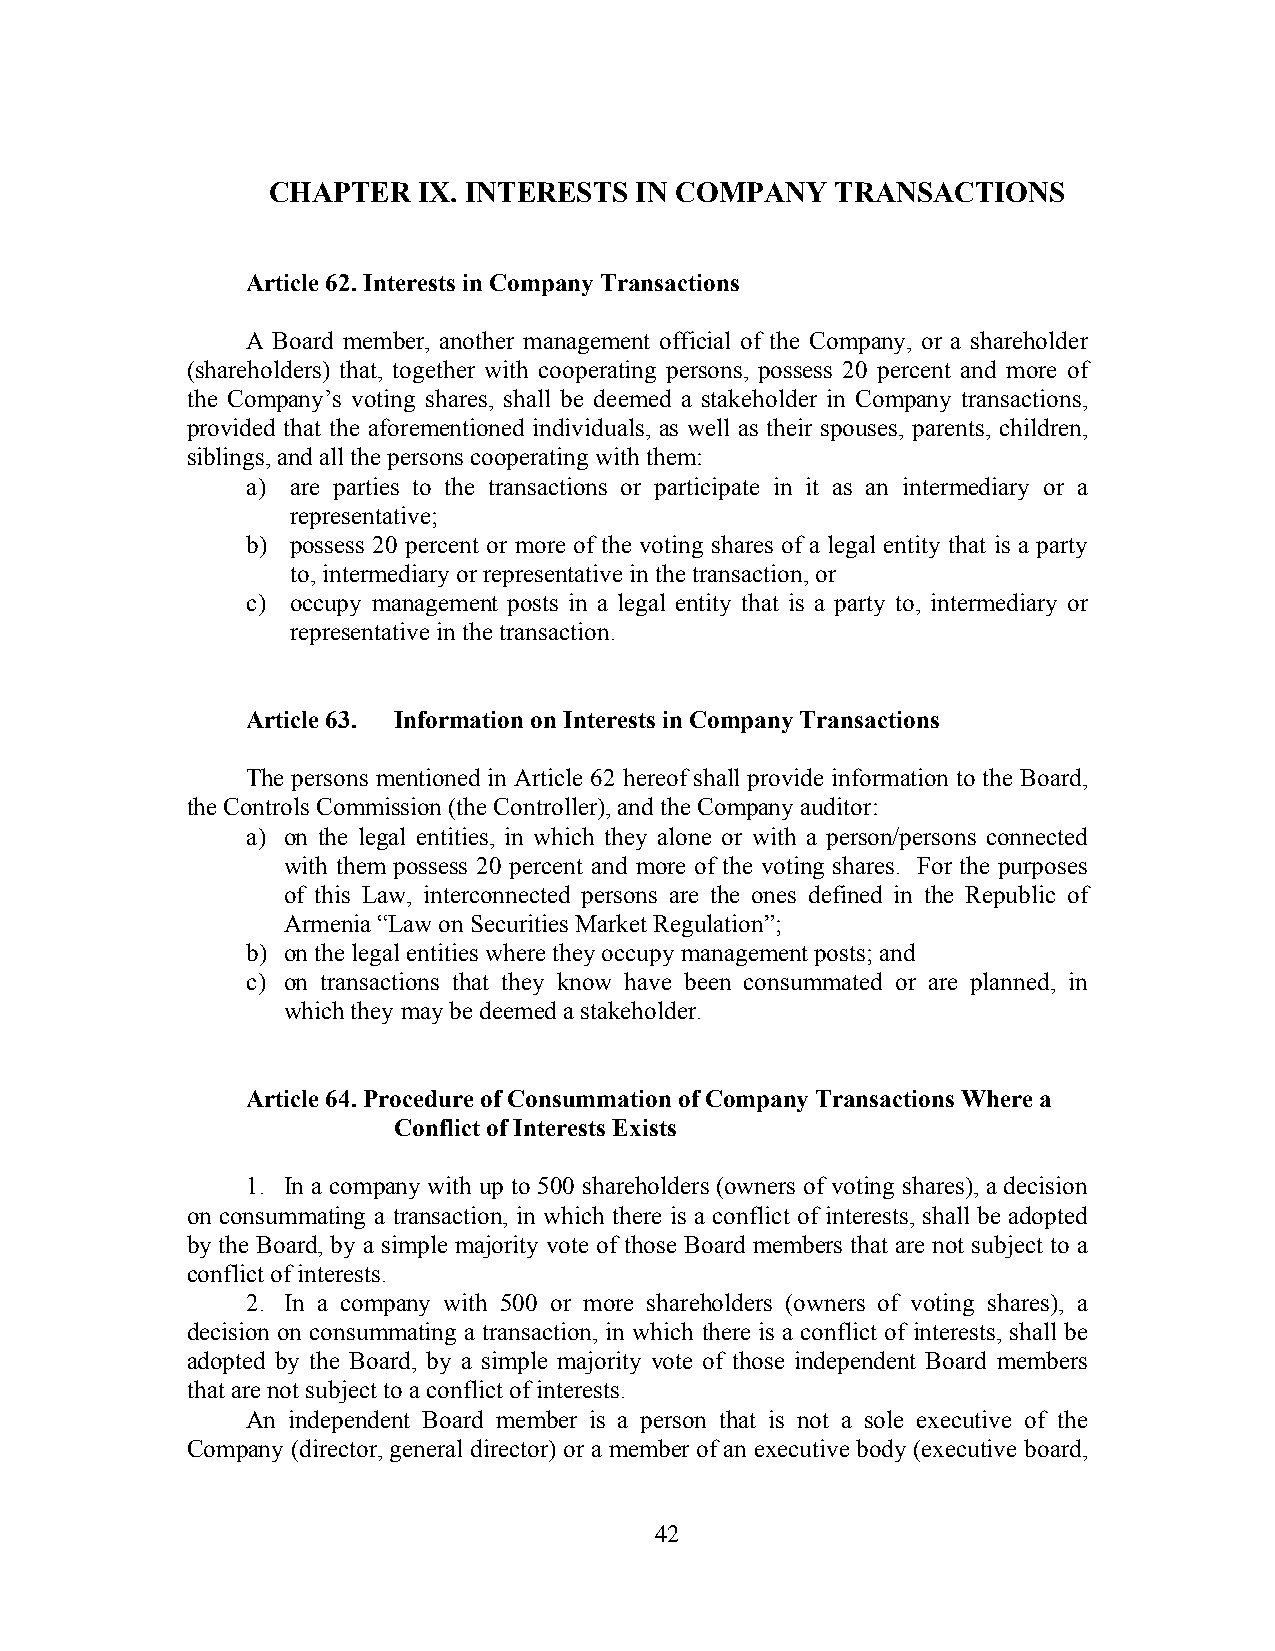
CHAPTER   IX. INTERESTS IN COMPANY   TRANSACTIONS
 Article 62. Interests in Company Transactions
 A Board member, another management official of the Company, or a shareholder
 (shareholders) that, together with cooperating persons, possess 20 percent and more of
 the Company’s voting shares, shall be deemed a stakeholder in Company transactions,
 provided that the aforementioned individuals, as well as their spouses, parents, children,
 siblings, and all the persons cooperating with them:
 a) are parties to the transactions or participate in it as an intermediary or a
 representative;
 b) possess 20 percent or more of the voting shares of a legal entity that is a party
 to, intermediary or representative in the transaction, or
 c) occupy management posts in a legal entity that is a party to, intermediary or
 representative in the transaction.
 Article 63. Information on Interests in Company Transactions
 The persons mentioned in Article 62 hereof shall provide information to the Board,
 the Controls Commission (the Controller), and the Company auditor:
 a) on the legal entities, in which they alone or with a person/persons connected
 with them possess 20 percent and more of the voting shares. For the purposes
 of this Law, interconnected persons are the ones defined in the Republic of
 Armenia “Law on Securities Market Regulation”;
 b) on the legal entities where they occupy management posts; and
 c) on transactions that they know have been consummated or are planned, in
 which they may be deemed a stakeholder.
 Article 64. Procedure of Consummation of Company Transactions Where a
 Conflict of Interests Exists
 1. In a company with up to 500 shareholders (owners of voting shares), a decision
 on consummating a transaction, in which there is a conflict of interests, shall be adopted
 by the Board, by a simple majority vote of those Board members that are not subject to a
 conflict of interests.
 2. In a company with 500 or more shareholders (owners of voting shares), a
 decision on consummating a transaction, in which there is a conflict of interests, shall be
 adopted by the Board, by a simple majority vote of those independent Board members
 that are not subject to a conflict of interests.
 An independent Board member is a person that is not a sole executive of the
 Company (director, general director) or a member of an executive body (executive board,
 42